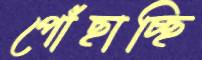
পোঁছাচ্ছি